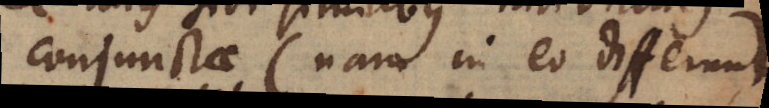
conjunctae (nam in eo differunt